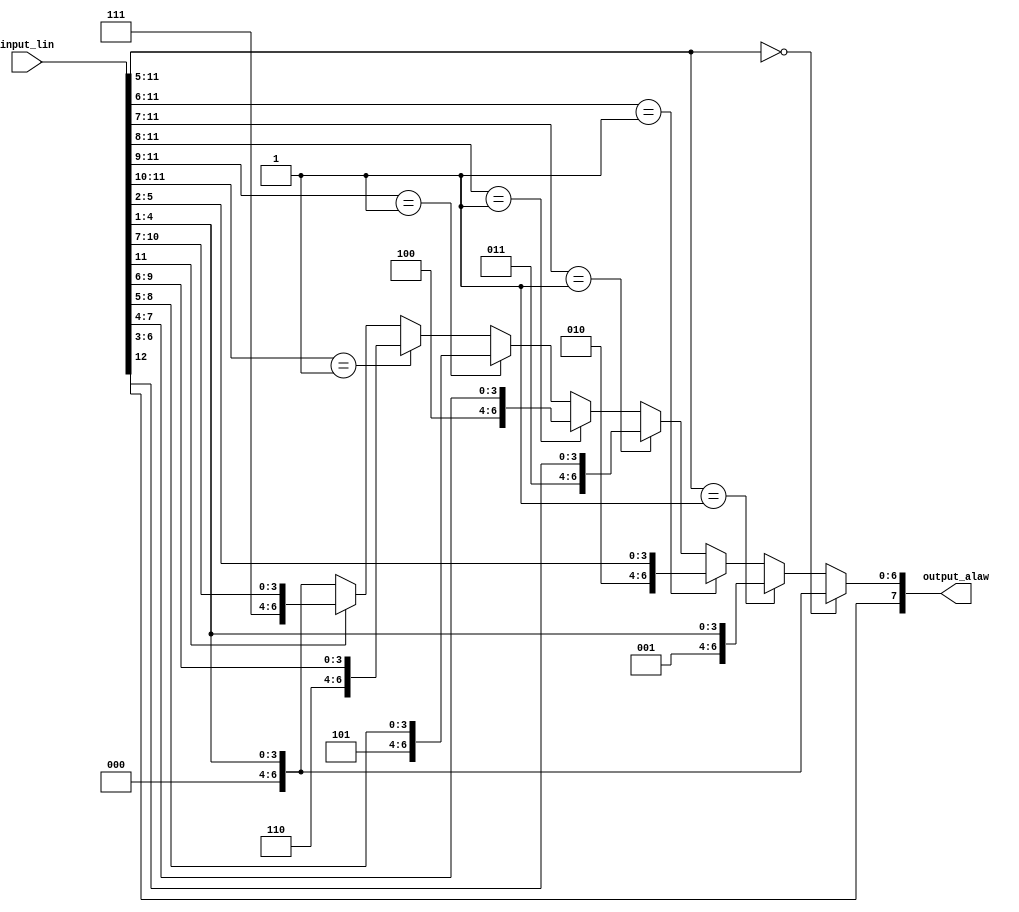
// based on: http://www.young-engineering.com/docs/YoungEngineering_ALaw_and_MuLaw_Companding.pdf

module alaw_coder(input_lin, output_alaw);

input [12:0] input_lin;
output [7:0] output_alaw;

reg [6:0] output_unsigned;

always @(input_lin) begin
    if (input_lin[11:5] == 7'b000_0000) begin
        output_unsigned = {3'b000, input_lin[4:1]};
    end
    else if (input_lin[11:5] == 7'b000_0001) begin
        output_unsigned = {3'b001, input_lin[4:1]};
    end 
    else if (input_lin[11:6] == 6'b00_0001) begin
        output_unsigned = {3'b010, input_lin[5:2]};
    end 
    else if (input_lin[11:7] == 5'b0_0001) begin
        output_unsigned = {3'b011, input_lin[6:3]};
    end 
    else if (input_lin[11:8] == 4'b0001) begin
        output_unsigned = {3'b100, input_lin[7:4]};
    end 
    else if (input_lin[11:9] == 3'b001) begin
        output_unsigned = {3'b101, input_lin[8:5]};
    end 
    else if (input_lin[11:10] == 2'b01) begin
        output_unsigned = {3'b110, input_lin[9:6]};
    end 
    else if (input_lin[11] == 1'b1) begin
        output_unsigned = {3'b111, input_lin[10:7]};
    end 
    else begin
        output_unsigned = {3'b000, input_lin[4:1]};
    end
end

assign output_alaw = {input_lin[12], output_unsigned};

endmodule